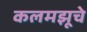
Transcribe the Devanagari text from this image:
कलमझूचे